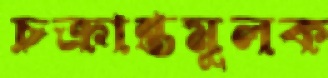
চক্রান্তমূলক